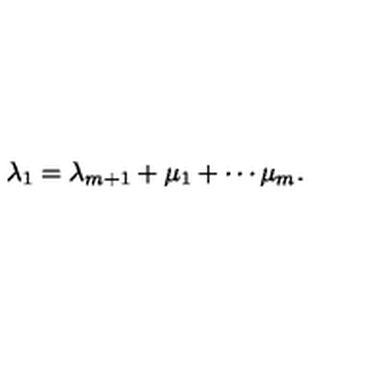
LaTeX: \lambda _ { 1 } = \lambda _ { m + 1 } + \mu _ { 1 } + \cdots \mu _ { m } .